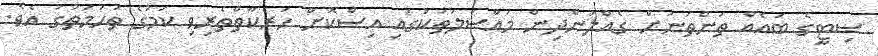
ސިޓީގެ ބައެއް ތަންތަނަށް ގެއްލުންދިން މައްސަލަތަކުގައި އިސްކޮށް ހަރަކާތްތެރިވި ކަމުގެ ތުހުމަތުގަ އެވެ.